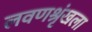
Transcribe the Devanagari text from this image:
लवणश्रृंखला